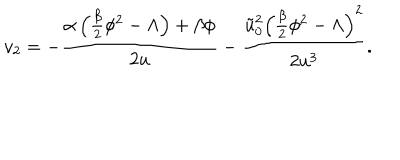
v _ { 2 } = - \frac { \alpha \left( \frac { \beta } { 2 } \phi ^ { 2 } - \Lambda \right) + \beta \phi } { 2 u } - \frac { \tilde { u } _ { 0 } ^ { 2 } \left( \frac { \beta } { 2 } \phi ^ { 2 } - \Lambda \right) ^ { 2 } } { 2 u ^ { 3 } } .